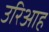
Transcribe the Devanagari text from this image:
उरिआह